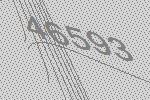
46593